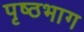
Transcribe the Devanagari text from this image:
पृष्‍ठभाग